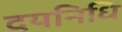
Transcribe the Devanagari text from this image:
दयनिधि